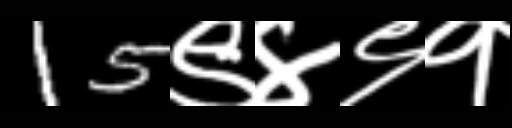
Text: 15९४९१